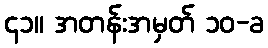
၄၁။ အတန်းအမှတ် ၁၀-ခ